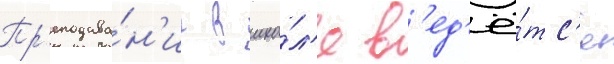
Пр'еподава́н'ие в шко́л'е в'ед'ё́тс'я